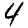
Digit: 4